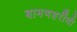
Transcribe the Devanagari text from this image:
बामणहरींची